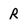
Character: R